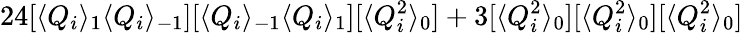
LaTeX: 24[\langle Q_{i}\rangle_{1}\langle Q_{i}\rangle_{-1}][\langle Q_{i}\rangle_{-1}\langle Q_{i}\rangle_{1}][\langle Q_{i}^{2}\rangle_{0}]+3[\langle Q_{i}^{2}\rangle_{0}][\langle Q_{i}^{2}\rangle_{0}][\langle Q_{i}^{2}\rangle_{0}]